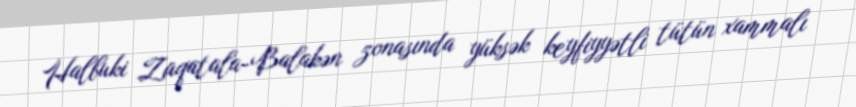
Halbuki Zaqatala-Balakən zonasında yüksək keyfiyyətli tütün xammalı